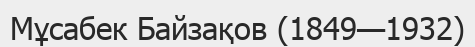
Мұсабек Байзақов (1849—1932)